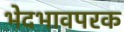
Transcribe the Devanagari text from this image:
भेदभावपरक